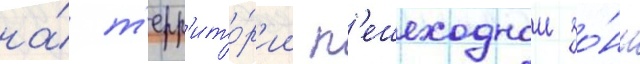
на́ т'ерр'ито́р'ии п'ешеходнои зо́ны